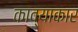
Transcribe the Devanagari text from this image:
काव्याकार